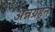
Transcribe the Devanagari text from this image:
अन्नग्रहन